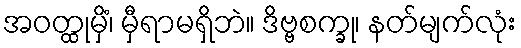
အဝတ္ထုမှိံ၊ မှီရာမရှိဘဲ။ ဒိဗ္ဗစက္ခု၊ နတ်မျက်လုံး